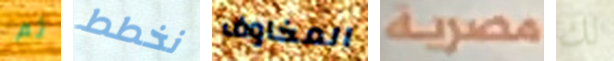
ثم نخطط المخاوف مصرية لك